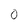
Character: 0